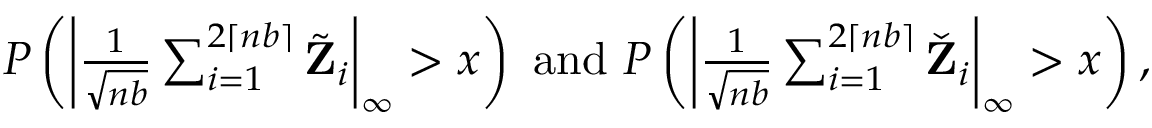
\begin{array} { r } { P \left( \left| \frac { 1 } { \sqrt { n b } } \sum _ { i = 1 } ^ { 2 \lceil n b \rceil } \tilde { \mathbf Z } _ { i } \right| _ { \infty } > x \right) ~ \mathrm { a n d } ~ P \left( \left| \frac { 1 } { \sqrt { n b } } \sum _ { i = 1 } ^ { 2 \lceil n b \rceil } \check { \mathbf Z } _ { i } \right| _ { \infty } > x \right) , } \end{array}